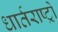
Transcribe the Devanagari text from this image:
धार्तराष्ट्रों